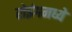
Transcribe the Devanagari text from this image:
रोइंगमध्ये